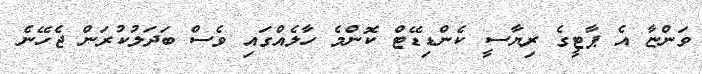
ވަންޏާ އެ ޕާޓީގެ ރިޔާސީ ކެންޑިޑޭޓް ކޮންމެ ހާލެއްގައި ވެސް ބަދަލުކުރަން ޖެހޭނެ